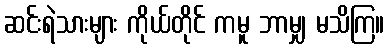
ဆင်းရဲသားများ ကိုယ်တိုင် ကမူ ဘာမျှ မသိကြ။